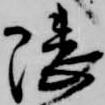
隈